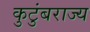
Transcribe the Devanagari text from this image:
कुटुंबराज्य